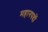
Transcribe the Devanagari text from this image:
महानपदों